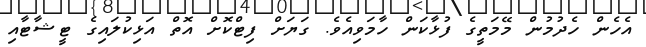
އެހެން ހެދުމުން މޭމަތީގެ ފުޅާކަން ހާމަވިއެވެ. ގަޔަށް ފިޓްކޮށް އޮތް އަޅިކުލައިގެ ޓީޝާޓާއި